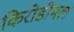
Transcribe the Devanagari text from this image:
किरोडीमल